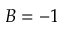
B = - 1